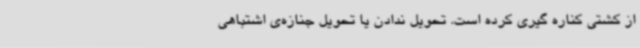
از کشتی کناره گیری کرده است. تحویل ندادن یا ‌تحویل جنازه‌ی اشتباهی